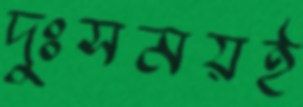
দুঃসময়ই